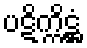
ပဋိက္ကိဋ္ဌံ